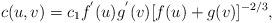
LaTeX: \begin{align*}c(u,v)=c_1f^{'}(u)g^{'}(v)[f(u)+g(v)]^{-2/3},\end{align*}